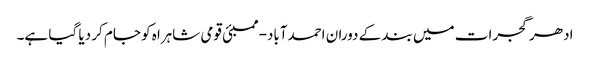
ادھر گجرات میں بند کے دوران احمدآباد-ممبئی قومی شاہراہ کو جام کر دیا گیا ہے۔